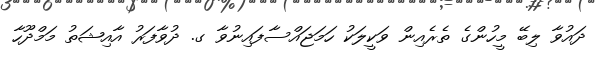
ދައުވާ ލިބޭ މީހުންގެ ތެރެއިން ވަކީލަކު ހަމަޖައްސާފައިނުވާ ގ. ދުވާފަރު އާއިޝަތު މަމްދޫހާ